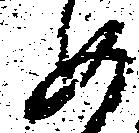
如